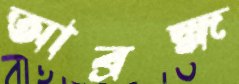
আব্রহ্ম